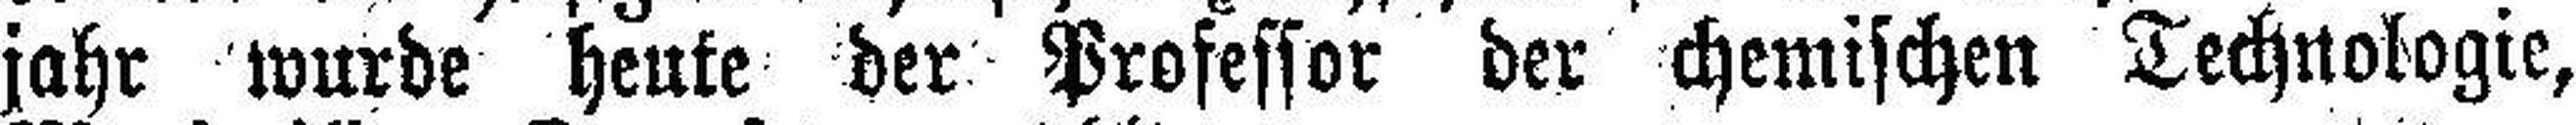
jahr wurde heute der Professor der chemischen Technologie,